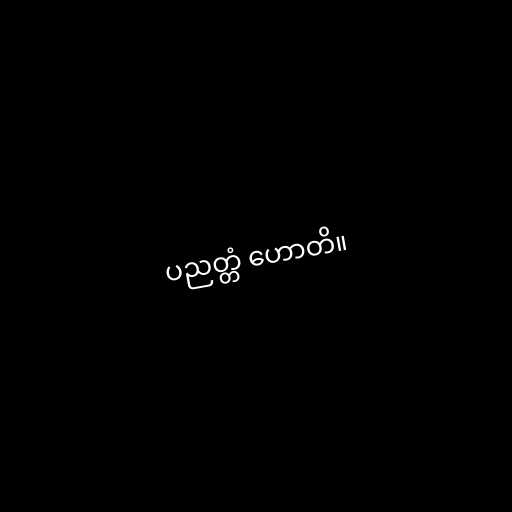
ပညတ္တံ ဟောတိ။